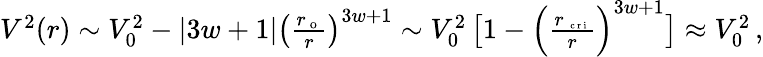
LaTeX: \begin{array}{r}{V^{2}(r)\sim V_{0}^{2}-\left|3w+1\right|\left(\frac{r_{\mathrm{~o~}}}{r}\right)^{3w+1}\sim V_{0}^{2}\left[1-\Big(\frac{r_{\mathrm{~\scriptsize~c~r~i~}}}{r}\Big)^{3w+1}\right]\approx V_{0}^{2}\, ,}\end{array}